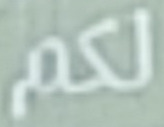
لكم